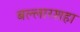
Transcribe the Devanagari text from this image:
बल्लारशहा